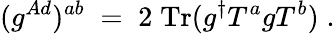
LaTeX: (g^{Ad})^{ab}\; =\; 2\; \mathrm{Tr}(g^{\dagger}T^{a}gT^{b})\; .